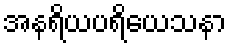
အနရိယပရိယေသနာ